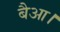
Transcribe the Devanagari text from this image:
बैआ।